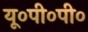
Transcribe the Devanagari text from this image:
यू०पी०पी०